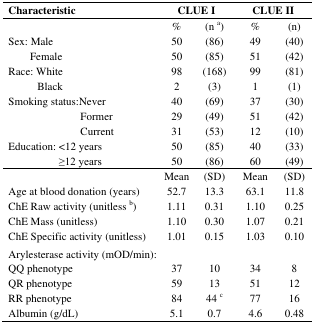
<table><thead><tr><td><b>Characteristic</b></td><td colspan="2"><b>CLUE I</b></td><td colspan="2"><b>CLUE II</b></td></tr></thead><tbody><tr><td></td><td>%</td><td>(n <sup>a</sup>)</td><td>%</td><td>(n)</td></tr><tr><td>Sex: Male</td><td>50</td><td>(86)</td><td>49</td><td>(40)</td></tr><tr><td>Female</td><td>50</td><td>(85)</td><td>51</td><td>(42)</td></tr><tr><td>Race: White</td><td>98</td><td>(168)</td><td>99</td><td>(81)</td></tr><tr><td>Black</td><td>2</td><td>(3)</td><td>1</td><td>(1)</td></tr><tr><td>Smoking status:Never</td><td>40</td><td>(69)</td><td>37</td><td>(30)</td></tr><tr><td>Former</td><td>29</td><td>(49)</td><td>51</td><td>(42)</td></tr><tr><td>Current </td><td>31</td><td>(53)</td><td>12</td><td>(10)</td></tr><tr><td>Education: &lt;12 years</td><td>50</td><td>(85)</td><td>40</td><td>(33)</td></tr><tr><td>≥12 years</td><td>50</td><td>(86)</td><td>60</td><td>(49)</td></tr><tr><td></td><td>Mean </td><td>(SD)</td><td>Mean </td><td>(SD)</td></tr><tr><td>Age at blood donation (years)</td><td>52.7</td><td>13.3</td><td>63.1</td><td>11.8</td></tr><tr><td>ChE Raw activity (unitless <sup>b</sup>)</td><td>1.11</td><td>0.31</td><td>1.10</td><td>0.25</td></tr><tr><td>ChE Mass (unitless)</td><td>1.10</td><td>0.30</td><td>1.07</td><td>0.21</td></tr><tr><td>ChE Specific activity (unitless)</td><td>1.01</td><td>0.15</td><td>1.03</td><td>0.10</td></tr><tr><td colspan="5">Arylesterase activity (mOD/min):</td></tr><tr><td>QQ phenotype</td><td>37</td><td>10</td><td>34</td><td>8</td></tr><tr><td>QR phenotype</td><td>59</td><td>13</td><td>51</td><td>12</td></tr><tr><td>RR phenotype</td><td>84</td><td>44 <sup>c</sup></td><td>77</td><td>16</td></tr><tr><td>Albumin (g/dL)</td><td>5.1</td><td>0.7</td><td>4.6</td><td>0.48</td></tr></tbody></table>